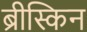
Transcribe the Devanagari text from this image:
ब्रीस्किन